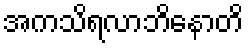
အကသိရလာဘိနောတိ